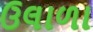
ઉલાળા